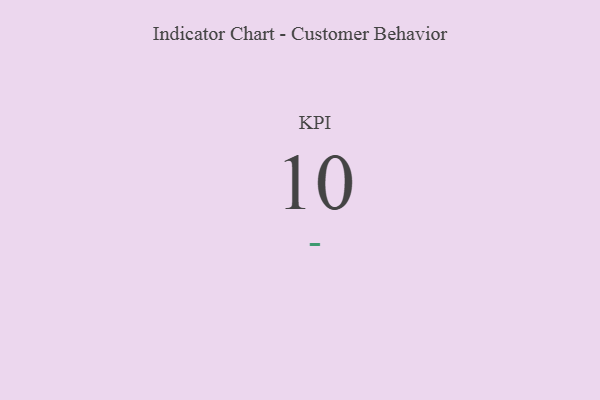
{"axis": {"x": "KPI", "y": "Value"}, "legend": [""], "data": [{"x": "KPI", "y": 10, "type": ""}]}